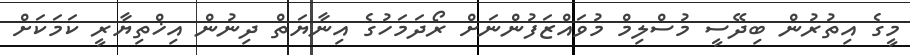
މީގެ އިތުރުން ބިދޭސީ މުސްލިމް މުވައްޒަފުންނަށް ރޯދަމަހުގެ އިނާޔަތް ދިނުން އިޚްތިޔާރީ ކަމަކަށް